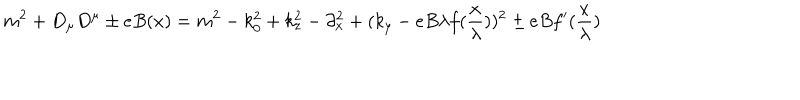
m ^ { 2 } + D _ { \mu } D ^ { \mu } \pm e B ( x ) = m ^ { 2 } - k _ { 0 } ^ { 2 } + k _ { z } ^ { 2 } - \partial _ { x } ^ { 2 } + ( k _ { y } - e B \lambda f ( \frac { x } { \lambda } ) ) ^ { 2 } \pm e B f ^ { \prime } ( \frac { x } { \lambda } )